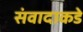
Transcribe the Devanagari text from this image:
संवादाकडे